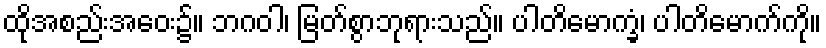
ထိုအစည်းအဝေး၌။ ဘဂဝါ၊ မြတ်စွာဘုရားသည်။ ပါတိမောက္ခံ၊ ပါတိမောက်ကို။